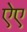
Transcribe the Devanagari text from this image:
ऐए